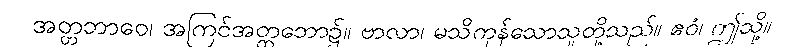
အတ္တဘာဝေ၊ အကြင်အတ္တဘော၌။ ဗာလာ၊ မသိကုန်သောသူတို့သည်။ ဧဝံ၊ ဤသို့။